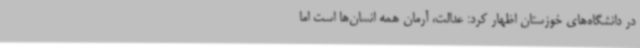
در دانشگاه‌های خوزستان اظهار کرد: عدالت، آرمان همه انسان‌ها است اما